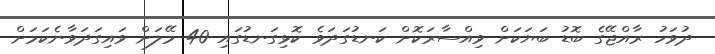
ދުވަހު ރާއްޖޭގެ ބޮޑު ބަޔަކަށް ވިއްސާރަކޮށް ކަނޑުގަދަވެ ކޮޅިގަނޑުގައި 40 މޭލަށް ވައިގަދަވާނެކަމަށް